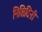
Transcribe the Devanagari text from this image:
निशिदिनी